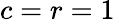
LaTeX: c=r=1